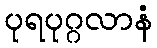
ပုရပုဂ္ဂလာနံ